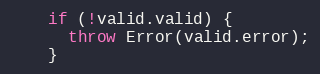
Language: JavaScript
    if (!valid.valid) {
      throw Error(valid.error);
    }